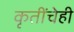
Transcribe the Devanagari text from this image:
कृतींचेही